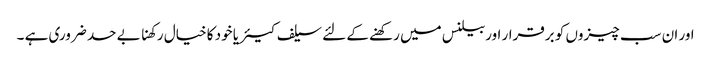
اور ان سب چیزوں کو برقرار اوربیلنس میں رکھنے کے لئے سیلف کیئر یا خود کا خیال رکھنا بے حد ضروری ہے ۔